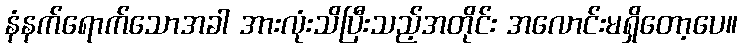
နံနက်ရောက်သောအခါ အားလုံးသိပြီးသည့်အတိုင်း အလောင်းမရှိတော့ပေ။